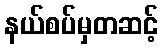
နယ်စပ်မှတဆင့်